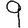
Digit: 9